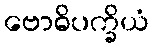
ဗောဓိပက္ခိယံ